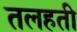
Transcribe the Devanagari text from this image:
तलहती